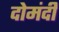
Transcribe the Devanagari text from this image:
दोमंदी